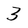
Character: 3